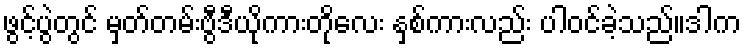
ဖွင့်ပွဲတွင် မှတ်တမ်းဗွီဒီယိုကားတိုလေး နှစ်ကားလည်း ပါဝင်ခဲ့သည်။ဒါက